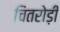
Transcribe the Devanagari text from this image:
चितरोड़ी